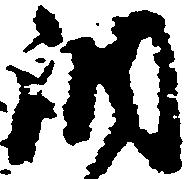
調